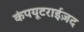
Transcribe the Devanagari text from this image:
कंपयूटराईज़द